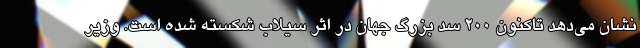
نشان می‌دهد تاکنون ۲۰۰ سد بزرگ جهان در اثر سیلاب شکسته شده است. وزیر